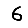
Digit: 6